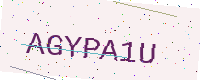
Text: AGYPA1U